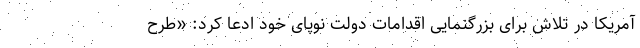
آمریکا در تلاش برای بزرگنمایی اقدامات دولت نوپای خود ادعا کرد: «طرح